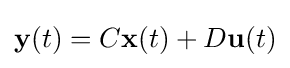
\mathbf {y} (t)=C\mathbf {x} (t)+D\mathbf {u} (t)